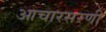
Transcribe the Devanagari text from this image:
आचारसरणी